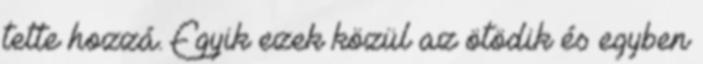
tette hozzá. Egyik ezek közül az ötödik és egyben